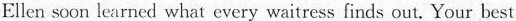
Ellen soon learned what every waitress finds out. Your best